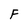
Character: F